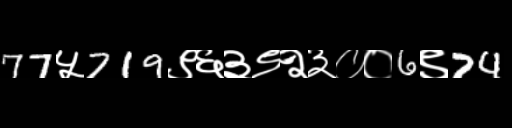
Text: 77५719९६३९२३००6९74